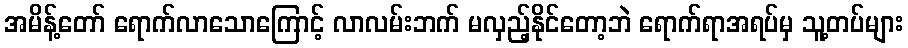
အမိန့်တော် ရောက်လာသောကြောင့် လာလမ်းဘက် မလှည့်နိုင်တော့ဘဲ ရောက်ရာအရပ်မှ သူ့တပ်များ